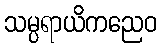
သမ္ပရာယိကညေဝ